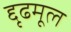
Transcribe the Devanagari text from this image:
द्दृढमूल